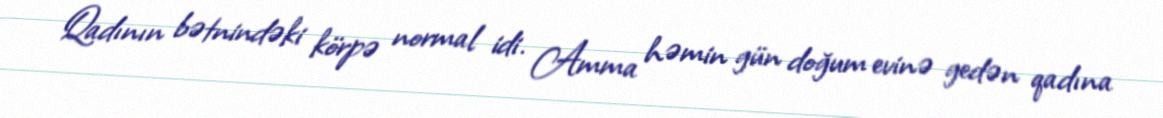
Qadının bətnindəki körpə normal idi. Amma həmin gün doğum evinə gedən qadına